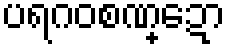
ပရဂဝစဏ္ဍော